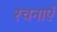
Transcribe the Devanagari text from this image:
रचनाएॅ